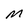
Character: m